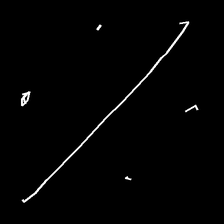
Glyph: cool